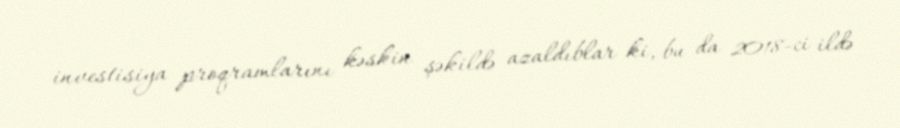
investisiya proqramlarını kəskin şəkildə azaldıblar ki, bu da 2018-ci ildə